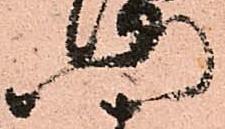
門